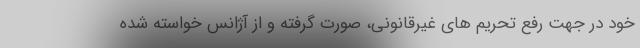
خود در جهت رفع تحریم های غیرقانونی، صورت گرفته و از آژانس خواسته شده